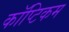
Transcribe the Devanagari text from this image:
कॉप्टिकम